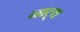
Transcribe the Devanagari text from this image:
नाट्य